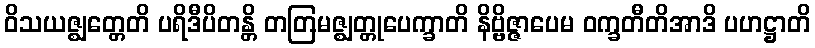
ဝိသယဇ္ဈတ္တေတိ ပရိဒီပိတန္တိ တတြမဇ္ဈတ္တုပေက္ခာတိ နိဗ္ဗိဇ္ဇာပေမ ဝက္ခတီတိအာဒိ ပဟဋ္ဌာတိ